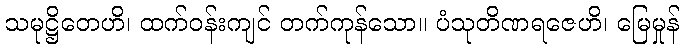
သမုဋ္ဌိတေဟိ၊ ထက်ဝန်းကျင် တက်ကုန်သော။ ပံသုတိဏရဇေဟိ၊ မြေမှုန်